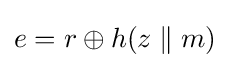
e=r\oplus h(z\parallel m)